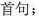
首句；